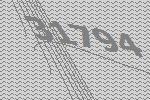
31794